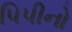
પિપીનો